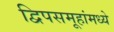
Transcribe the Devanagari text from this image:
द्विपसमूहांमध्ये